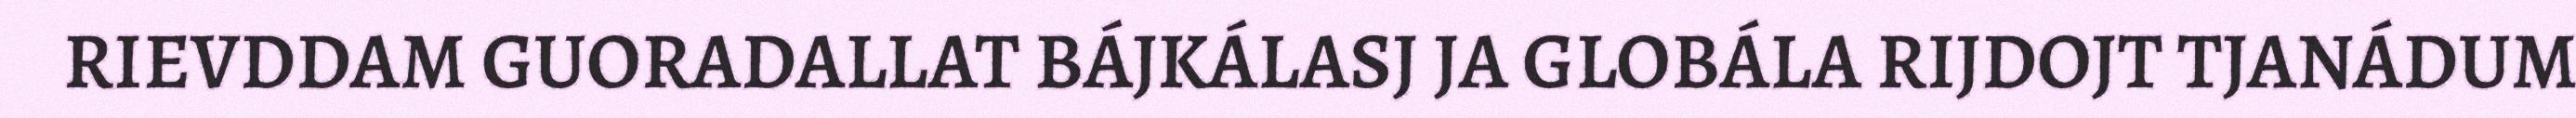
RIEVDDAM GUORADALLAT BÁJKÁLASJ JA GLOBÁLA RIJDOJT TJANÁDUM